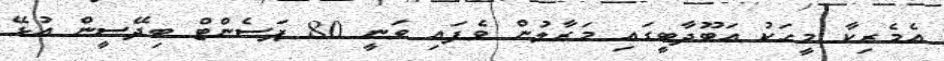
އެމެރިކާ މީހަކު އަބޫދާބީގައި މަރާލުން ވެފައި ވަނީ 80 ޕަސެންޓް ބިދޭސީން އުޅޭ